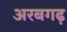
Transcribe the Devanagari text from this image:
अरबगढ़